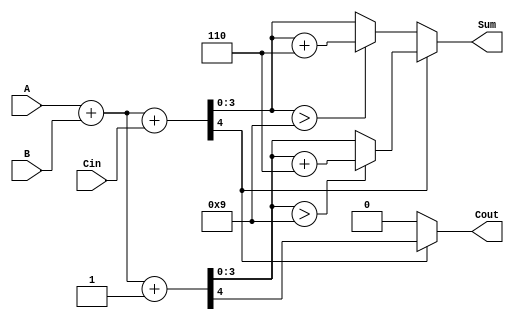
module BCD_MCSA (
    input [3:0] A,         // BCD input A
    input [3:0] B,         // BCD input B
    input Cin,             // Carry-in
    output reg [3:0] Sum,  // BCD output Sum
    output reg Cout        // Carry-out
);

    wire [4:0] sum_path0; // Sum for A + B + 0
    wire [4:0] sum_path1; // Sum for A + B + 1
    wire carry0, carry1;   // Carry-out for both paths
    wire [4:0] sum_corrected0, sum_corrected1; // Corrected sums

    // Binary addition for Path 0 (A + B + 0)
    assign sum_path0 = A + B + Cin; // 4-bit sum + 1-bit carry
    assign carry0 = sum_path0[4];    // Carry-out of Path 0

    // Binary addition for Path 1 (A + B + 1)
    assign sum_path1 = A + B + 1;    // 4-bit sum + 1-bit carry
    assign carry1 = sum_path1[4];    // Carry-out of Path 1

    // BCD Correction Logic
    assign sum_corrected0 = (sum_path0[3:0] > 4'd9) ? (sum_path0 + 5'd6) : sum_path0; // Correct if > 9
    assign sum_corrected1 = (sum_path1[3:0] > 4'd9) ? (sum_path1 + 5'd6) : sum_path1; // Correct if > 9

    // MUX to select the correct sum based on carry-out
    always @(*) begin
        if (carry0) begin
            Sum = sum_corrected1[3:0]; // Select Path 1
            Cout = carry1;              // Carry-out from Path 1
        end else begin
            Sum = sum_corrected0[3:0]; // Select Path 0
            Cout = carry0;              // Carry-out from Path 0
        end
    end

endmodule